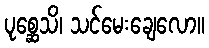
ပုစ္ဆေသိ၊ သင်မေးချေလော။